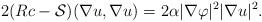
LaTeX: \begin{align*}2 (Rc - \mathcal{S}) (\nabla u, \nabla u) = 2 \alpha | \nabla \varphi|^2 | \nabla u |^2 .\end{align*}